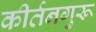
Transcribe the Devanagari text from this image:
कीर्तनगुरू